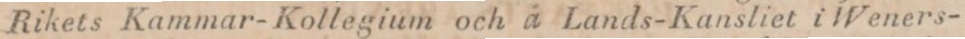
Rikets Kammar-Kollegium och å Lands-Kansliet i Weners-